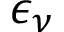
\epsilon _ { \nu }